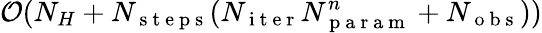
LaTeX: \mathcal{O}(N_{H}+N_{\mathrm{~s~t~e~p~s~}}(N_{\mathrm{~i~t~e~r~}}N_{\mathrm{~p~a~r~a~m~}}^{n}+N_{\mathrm{~o~b~s~}}))